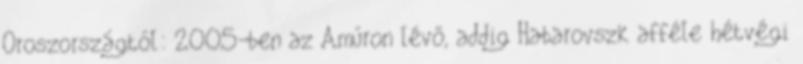
Oroszországtól: 2005-ben az Amúron lévő, addig Habarovszk afféle hétvégi